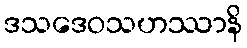
ဒသဒေဝသဟဿာနိ